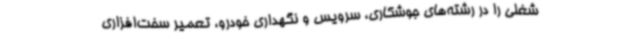
شغلی را در رشته‌های جوشکاری، سرویس و نگهداری خودرو، تعمیر سخت‌افزاری